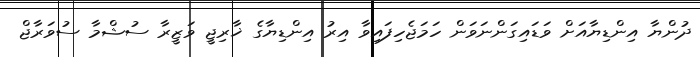
ދުންޔާ އިންޑިޔާއަށް ވަޑައިގަންނަވަން ހަމަޖެހިފައިވާ އިރު އިންޑިޔާގެ ޚާރިޖީ ވަޒީރާ ސުޝްމާ ސުވަރާޖް